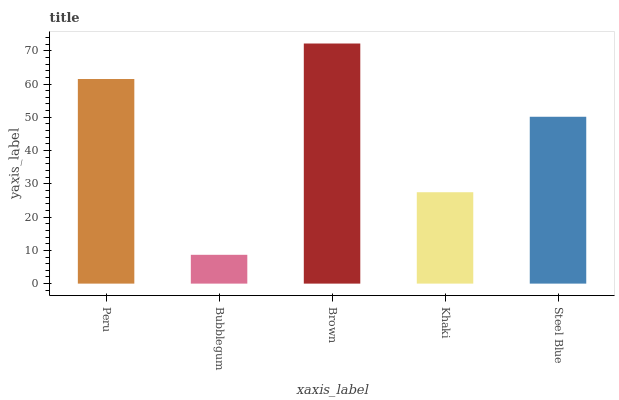
| xaxis_label | bars |
 | --- | --- |
 | Peru | 61.5 |
 | Bubblegum | 8.66 |
 | Brown | 72.2 |
 | Khaki | 27.5 |
 | Steel Blue | 50.2 |